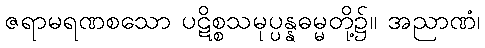
ဇရာမရဏစသော ပဋိစ္စသမုပ္ပန္နဓမ္မတို့၌။ အညာဏံ၊